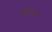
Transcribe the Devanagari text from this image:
वाकिफकार